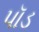
પૉડ